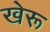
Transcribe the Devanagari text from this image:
खेरू